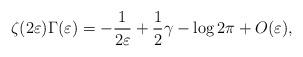
LaTeX: \begin{align*} \zeta (2\varepsilon)\Gamma (\varepsilon)=-\frac1{2\varepsilon}+\frac12\gamma- \log 2\pi +O(\varepsilon),\end{align*}